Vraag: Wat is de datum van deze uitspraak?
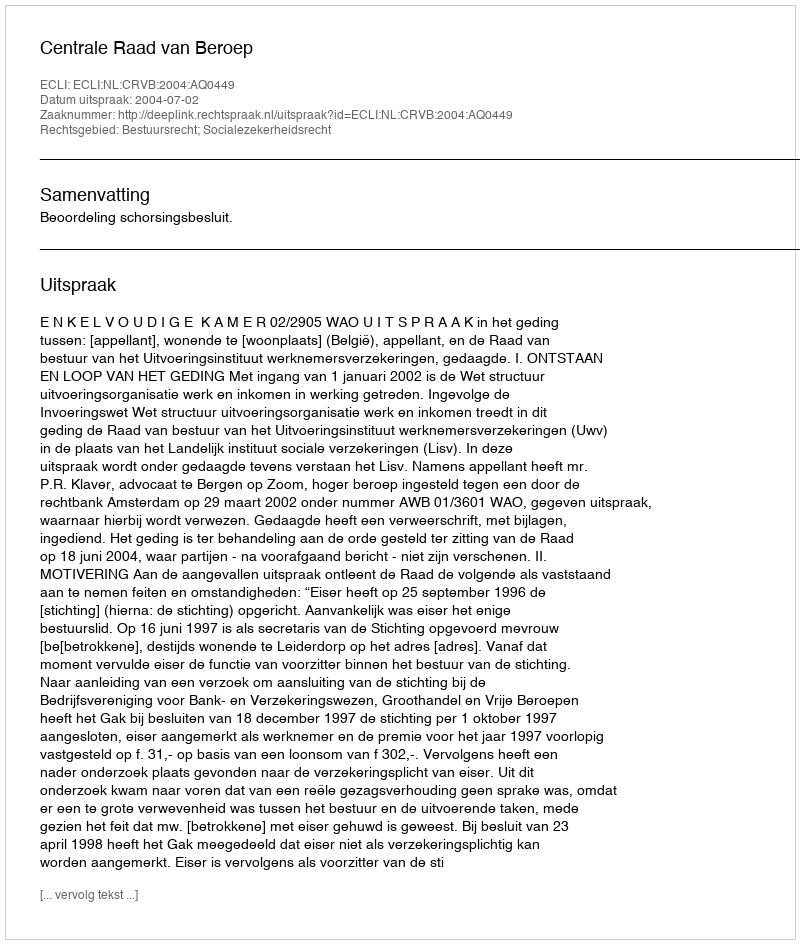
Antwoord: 2004-07-02